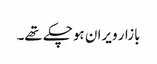
بازار ویران ہوچکے تھے۔